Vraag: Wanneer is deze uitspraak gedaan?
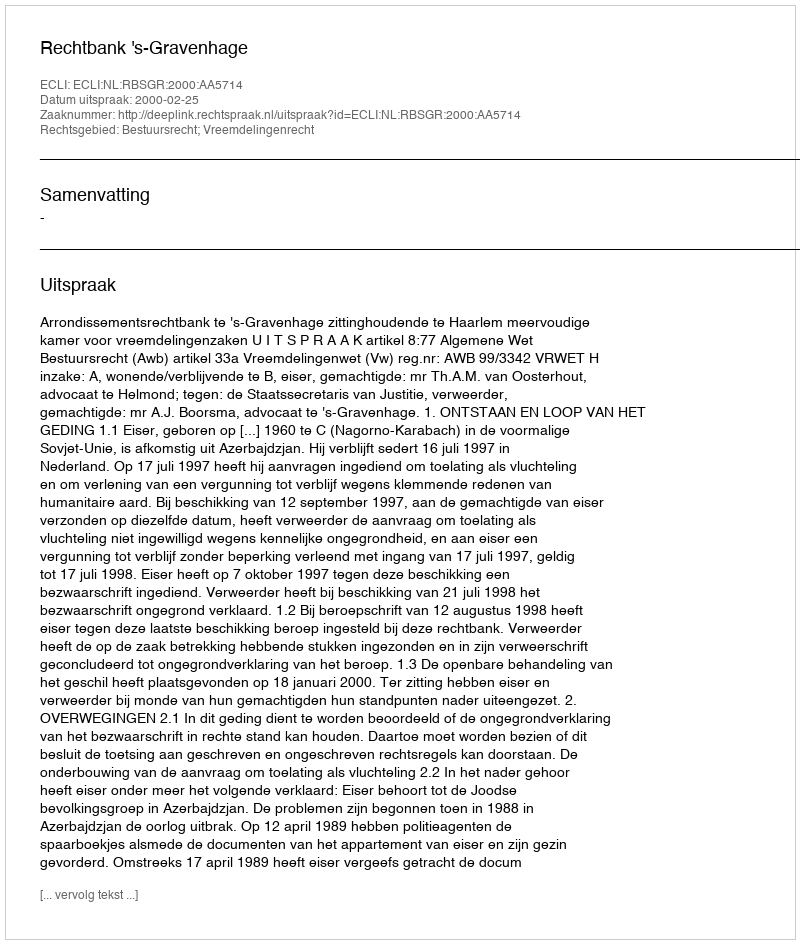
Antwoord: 2000-02-25